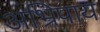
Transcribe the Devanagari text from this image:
अभ्रिपाय